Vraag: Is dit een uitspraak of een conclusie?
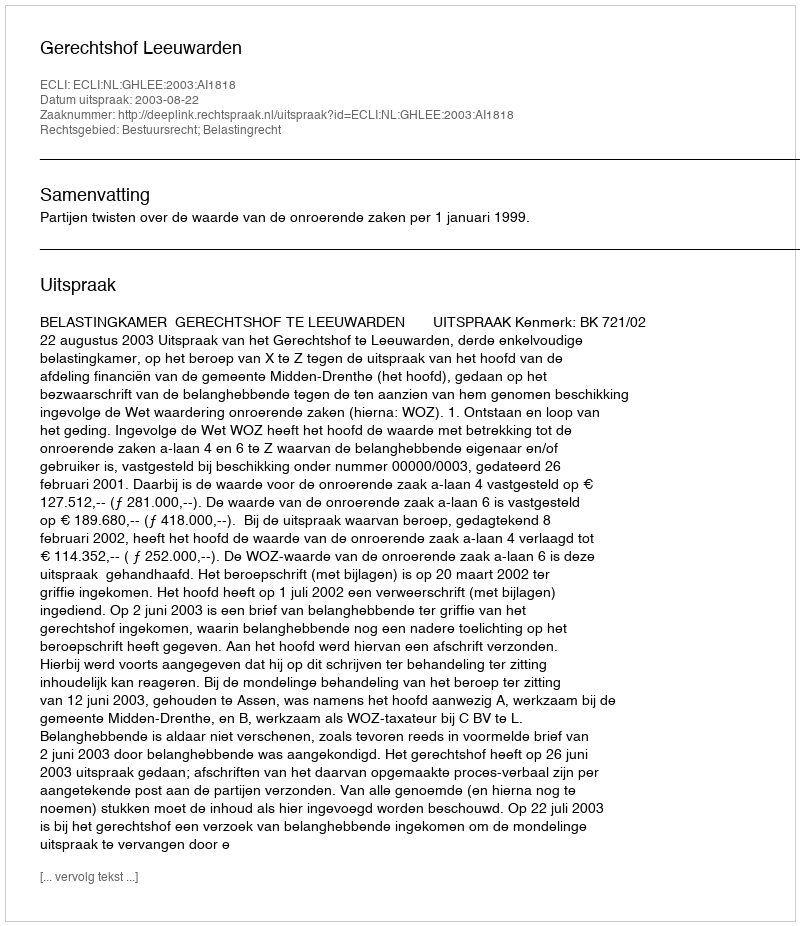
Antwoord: Uitspraak